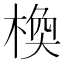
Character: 𪲰